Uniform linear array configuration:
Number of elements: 8
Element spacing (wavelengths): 0.25
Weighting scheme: uniform
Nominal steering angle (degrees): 30
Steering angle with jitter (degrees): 29.982
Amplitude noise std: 0.05
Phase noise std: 0.05

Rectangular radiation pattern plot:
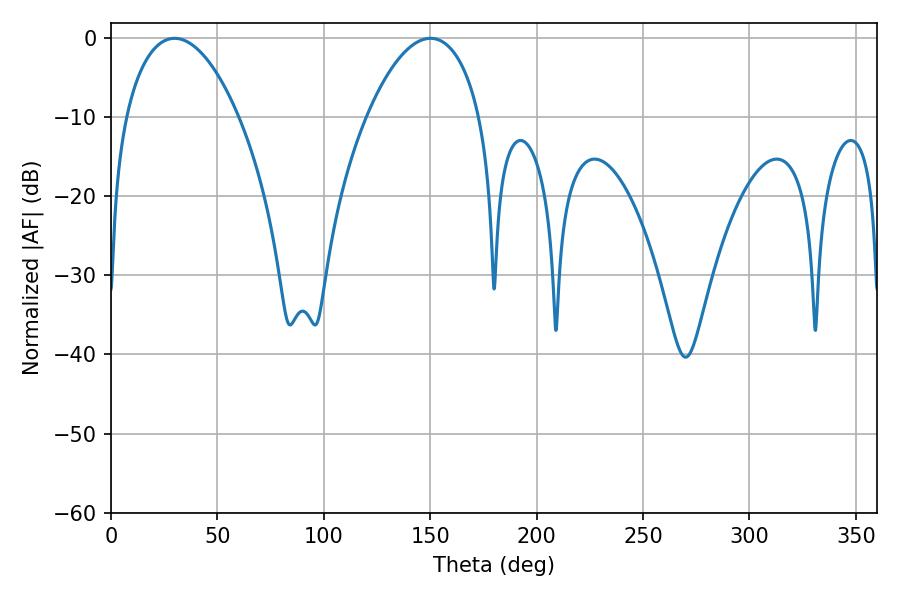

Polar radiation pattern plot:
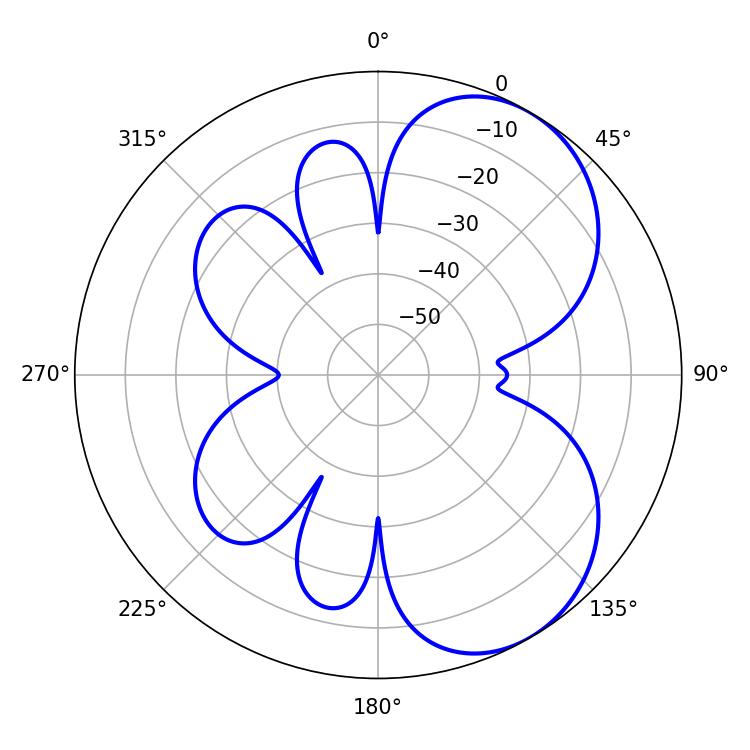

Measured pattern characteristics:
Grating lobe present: FALSE
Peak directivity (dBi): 5.633
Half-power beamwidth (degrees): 29.88
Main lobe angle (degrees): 29.88